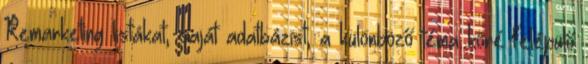
Remarketing listákat, saját adatbázist, a különböző téma köré felépülő